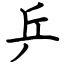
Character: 乒